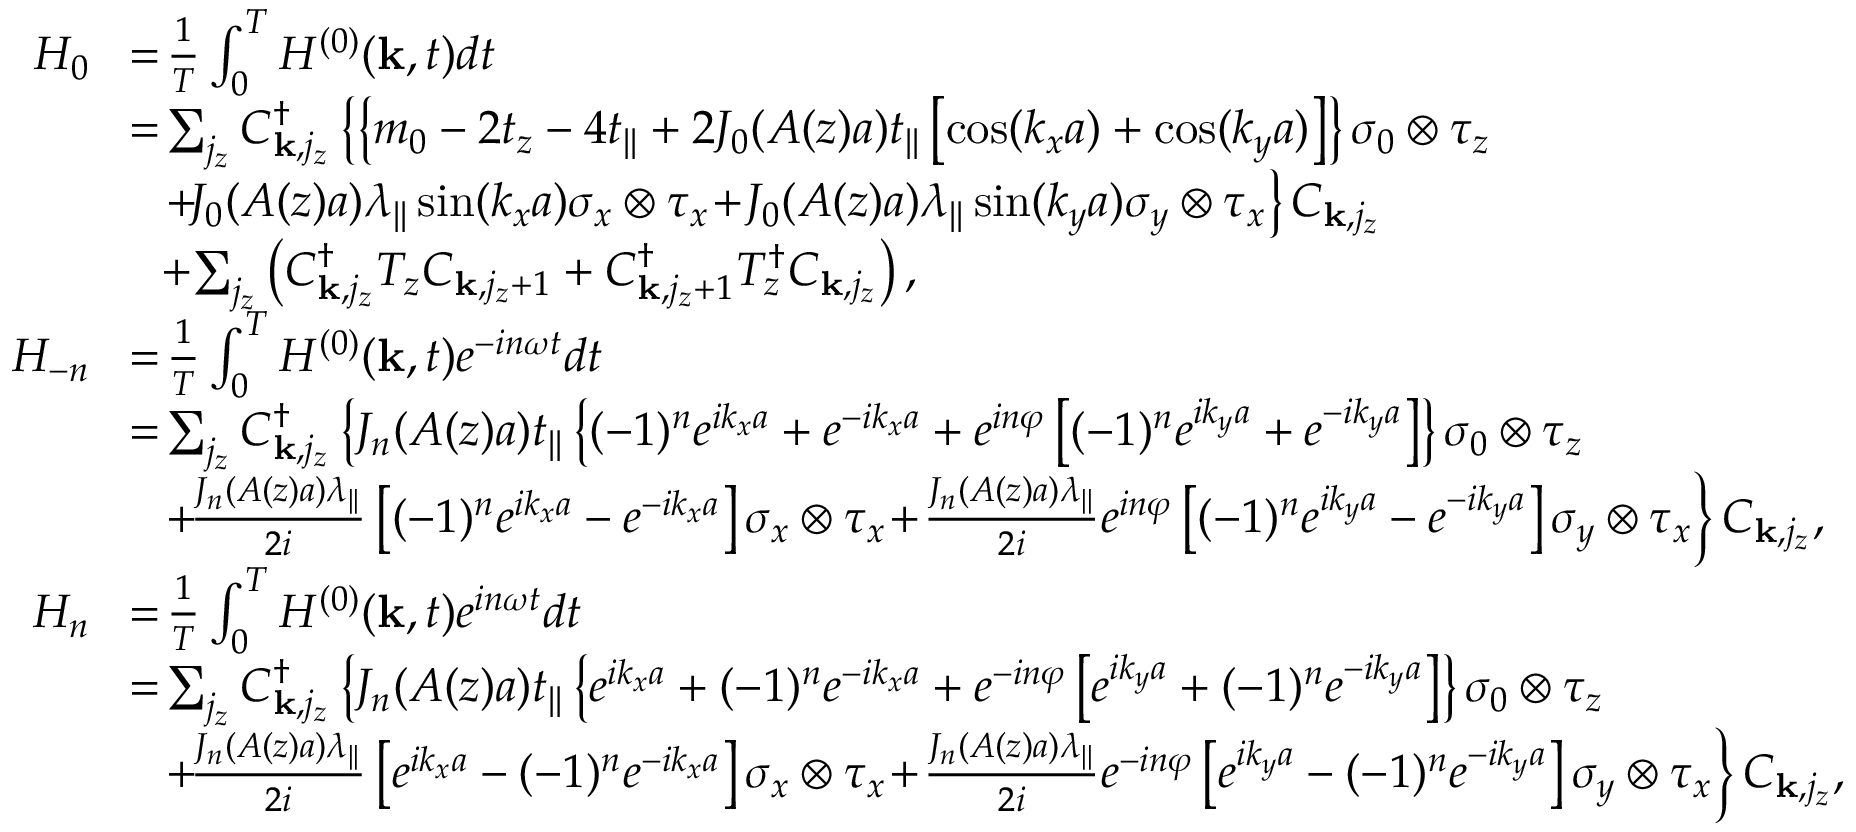
\begin{array} { r l } { H _ { 0 } } & { \! = \! \frac { 1 } { T } \int _ { 0 } ^ { T } H ^ { ( 0 ) } ( { \bf k } , t ) d t } \\ & { \! = \! \sum _ { j _ { z } } C _ { { \bf k } , j _ { z } } ^ { \dagger } \left\{ \left\{ m _ { 0 } - 2 t _ { z } - 4 t _ { | | } + 2 { \cal J } _ { 0 } ( A ( z ) a ) t _ { | | } \left[ \cos ( k _ { x } a ) + \cos ( k _ { y } a ) \right] \right\} \sigma _ { 0 } \otimes \tau _ { z } \right. } \\ & { \left. ~ ~ \! + \! { \cal J } _ { 0 } ( A ( z ) a ) \lambda _ { | | } \sin ( k _ { x } a ) \sigma _ { x } \otimes \tau _ { x } \! + \! { \cal J } _ { 0 } ( A ( z ) a ) \lambda _ { | | } \sin ( k _ { y } a ) \sigma _ { y } \otimes \tau _ { x } \right\} C _ { { \bf k } , j _ { z } } } \\ & { ~ ~ \! + \! \sum _ { j _ { z } } \left( C _ { { \bf k } , j _ { z } } ^ { \dagger } T _ { z } C _ { { \bf k } , j _ { z } + 1 } + C _ { { \bf k } , j _ { z } + 1 } ^ { \dagger } T _ { z } ^ { \dagger } C _ { { \bf k } , j _ { z } } \right) , } \\ { \! H _ { - n } } & { \! = \! \frac { 1 } { T } \int _ { 0 } ^ { T } H ^ { ( 0 ) } ( { \bf k } , t ) e ^ { - i n \omega t } d t } \\ & { \! = \! \sum _ { j _ { z } } C _ { { \bf k } , j _ { z } } ^ { \dagger } \left\{ { \cal J } _ { n } ( A ( z ) a ) t _ { | | } \left\{ ( - 1 ) ^ { n } e ^ { i k _ { x } a } + e ^ { - i k _ { x } a } + e ^ { i n \varphi } \left[ ( - 1 ) ^ { n } e ^ { i k _ { y } a } + e ^ { - i k _ { y } a } \right] \right\} \sigma _ { 0 } \otimes \tau _ { z } \right. } \\ & { \left. ~ ~ \! + \! \frac { { \cal J } _ { n } ( A ( z ) a ) \lambda _ { | | } } { 2 i } \left[ ( - 1 ) ^ { n } e ^ { i k _ { x } a } - e ^ { - i k _ { x } a } \right] \sigma _ { x } \otimes \tau _ { x } \! + \! \frac { { \cal J } _ { n } ( A ( z ) a ) \lambda _ { | | } } { 2 i } e ^ { i n \varphi } \left[ ( - 1 ) ^ { n } e ^ { i k _ { y } a } - e ^ { - i k _ { y } a } \right] \sigma _ { y } \otimes \tau _ { x } \right\} C _ { { \bf k } , j _ { z } } , } \\ { \! H _ { n } } & { \! = \! \frac { 1 } { T } \int _ { 0 } ^ { T } H ^ { ( 0 ) } ( { \bf k } , t ) e ^ { i n \omega t } d t } \\ & { \! = \! \sum _ { j _ { z } } C _ { { \bf k } , j _ { z } } ^ { \dagger } \left\{ { \cal J } _ { n } ( A ( z ) a ) t _ { | | } \left\{ e ^ { i k _ { x } a } + ( - 1 ) ^ { n } e ^ { - i k _ { x } a } + e ^ { - i n \varphi } \left[ e ^ { i k _ { y } a } + ( - 1 ) ^ { n } e ^ { - i k _ { y } a } \right] \right\} \sigma _ { 0 } \otimes \tau _ { z } \right. } \\ & { \left. ~ ~ \! + \! \frac { { \cal J } _ { n } ( A ( z ) a ) \lambda _ { | | } } { 2 i } \left[ e ^ { i k _ { x } a } - ( - 1 ) ^ { n } e ^ { - i k _ { x } a } \right] \sigma _ { x } \otimes \tau _ { x } \! + \! \frac { { \cal J } _ { n } ( A ( z ) a ) \lambda _ { | | } } { 2 i } e ^ { - i n \varphi } \left[ e ^ { i k _ { y } a } - ( - 1 ) ^ { n } e ^ { - i k _ { y } a } \right] \sigma _ { y } \otimes \tau _ { x } \right\} C _ { { \bf k } , j _ { z } } , } \end{array}